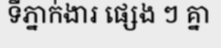
ទីភ្នាក់ងារ ផ្សេង ៗ គ្នា